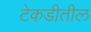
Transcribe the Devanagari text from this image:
टेकडीतील